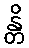
န္တိ